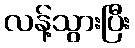
လန့်သွားပြီး